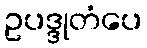
ဥပဒ္ဒုတံပေ